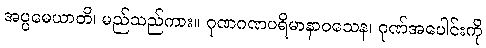
အပ္ပမေယာတိ၊ မည်သည်ကား။ ဂုဏဂဏပရိမာနာဝသေန၊ ဂုဏ်အပေါင်းကို